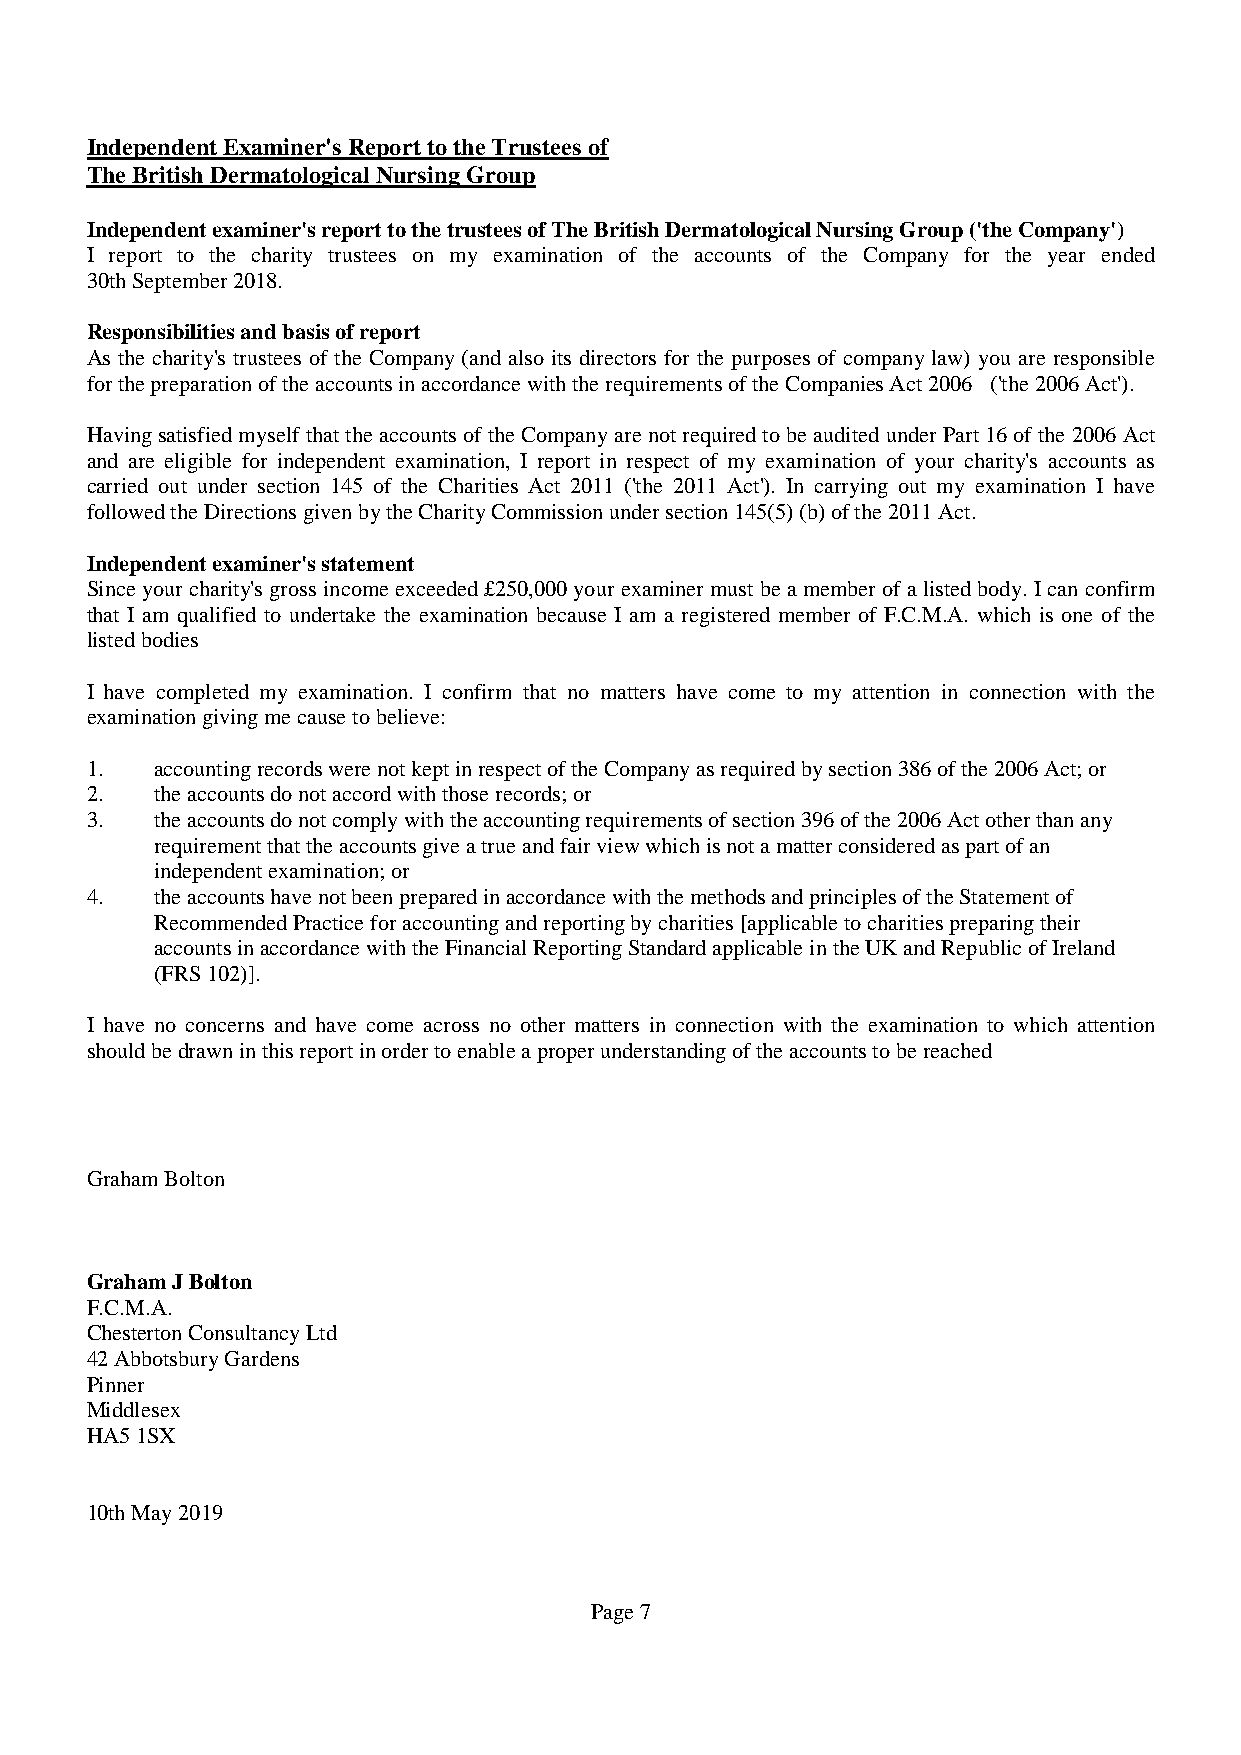
IndependentExaminer'sReporttotheTrustees of
 TheBritishDermatologicalNursingGroup
 Independentexaminer'sreporttothetrusteesofTheBritishDermatologicalNursingGroup('theCompany')
 I report to the charity trustees on my examination of the accounts of the Company for the year ended
 30thSeptember2018.
 Responsibilitiesandbasisofreport
 As the charity's trustees of the Company (and also its directors for the purposes of company law) you are responsible
 forthepreparationoftheaccountsinaccordancewiththerequirementsoftheCompaniesAct2006 ('the2006Act').
 Havingsatisfied myself thatthe accountsof theCompanyarenotrequiredtobeauditedunder Part16ofthe 2006Act
 and are eligible for independent examination, I report in respect of my examination of your charity's accounts as
 carried out under section 145 of the Charities Act 2011 ('the 2011 Act'). In carrying out my examination I have
 followedtheDirectionsgivenbytheCharityCommissionundersection145(5)(b)ofthe2011Act.
 Independentexaminer'sstatement
 Since your charity's gross income exceeded£250,000your examinermust beamemberofalistedbody. Ican confirm
 that I am qualified to undertake the examination because I am a registered member of F.C.M.A. which is one of the
 listedbodies
 I have completed my examination. I confirm that no matters have come to my attention in connection with the
 examinationgivingmecausetobelieve:
 1.  accountingrecordswerenotkeptinrespectoftheCompanyasrequiredbysection386ofthe2006Act;or
 2.  theaccountsdonotaccordwiththoserecords;or
 3.  theaccountsdonotcomplywiththeaccountingrequirementsofsection396ofthe2006Actotherthanany
 requirementthattheaccountsgiveatrueandfairviewwhichisnotamatterconsideredaspartofan
 independentexamination;or
 4.  theaccountshavenotbeenpreparedinaccordancewiththemethodsandprinciplesoftheStatementof
 RecommendedPracticeforaccountingandreportingbycharities[applicabletocharitiespreparingtheir
 accountsinaccordancewiththeFinancialReportingStandardapplicableintheUKandRepublicofIreland
 (FRS102)].
 I have no concerns and have come across no other matters in connection with the examination to which attention
 shouldbedrawninthisreportinordertoenableaproperunderstandingoftheaccountstobereached
 GrahamBolton
 GrahamJBolton
 F.C.M.A.
 ChestertonConsultancyLtd
 42AbbotsburyGardens
 Pinner
 Middlesex
 HA51SX
 10thMay2019
 Page7